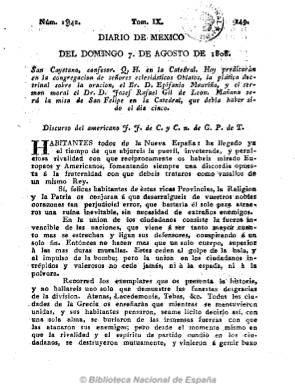
Título: Diario de México
Otros títulos: Título: Diario de México, político, económico, literario y mercantil, 30 oct. 1812-19 dic. 1812
Colección: Periódicos anteriores a 1850
Ámbito geográfico: México
Lugar de publicación: México
Fechas: 07/08/1808-12/09/1813

Primer periódico que aparece con frecuencia diaria en México, fundado por el periodista e historiador mexicano Carlos María de Bustamante y el dominicano Jacobo Villaurrutia, al estilo del que venía publicándose en Madrid. Aparece el uno de octubre de 1805, compitiendo con la entonces quincenal Gazeta de México (1784-1809), que había fundado el impresor Manuel Antonio Valdés y que de órgano oficioso se había convertido en oficial de la institución virreinal. El diario comenzaba con el santoral y las observaciones meteorológicas, e incluía artículos de literatura, historia, economía, ciencia, medicina, botánica, agricultura, variedades, extractos de periódicos españoles y, al final, noticias locales (teatro, movimiento portuario, pérdidas y hallazgos, empleo de sirvientes, necrológicas y otros anuncios), etc. La historia del periodismo mexicano lo tiene catalogado como recipiente del importante movimiento novohispano del primer tercio del siglo diecinueve, en el que colaboran los “criollos más ilustrados”, muchos de ellos simpatizantes de las ideas de emancipación colonial, como el propio Bustamante, que firmaban sus textos con seudónimos, iniciales o anagramas.

El diario había llegado a elogiar a Napoleón y mostrado su tendencia anti-inglesa, pero a partir de las invasiones francesas en 1808, empezará a interesarse más por la política española en Europa y América, se mostrará antinapoleónico y defenderá el patriotismo español y a Fernando VII, publicando, bandos, discursos, artículos de oficio, etc. Será en esta época cuando padezca más radicalmente la hostilidad del periodista español Juan López Cancelada, que desde 1805 venía dirigiendo Gazeta de México, llegando a acusarle de “traidor” ante el virrey José Iturrigaray. El diario adoptará una prudente actitud en relación con el inicio, a partir de 1810, de la lucha por la independencia de México, aunque se le atribuirán intenciones revolucionarias y sediciosas. Inicia una segunda época a partir del 20 de diciembre de 1812, teniendo como editor a José Ruiz Costa, quien será perseguido por las autoridades españolas, y separado violentamente de la redacción.

Apareció en números de cuatro páginas en diferentes imprentas, publicó numerosos suplementos y dejó de publicarse el cuatro de enero de 1817.